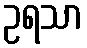
ဥရသာ